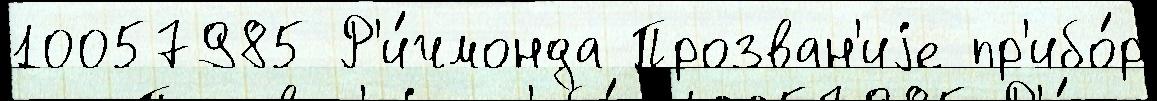
10057985 Р'и́чмонда Прозван'иjе пр'ибо́р